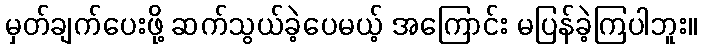
မှတ်ချက်ပေးဖို့ ဆက်သွယ်ခဲ့ပေမယ့် အကြောင်း မပြန်ခဲ့ကြပါဘူး။